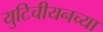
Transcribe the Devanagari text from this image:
युटिचीयनच्या